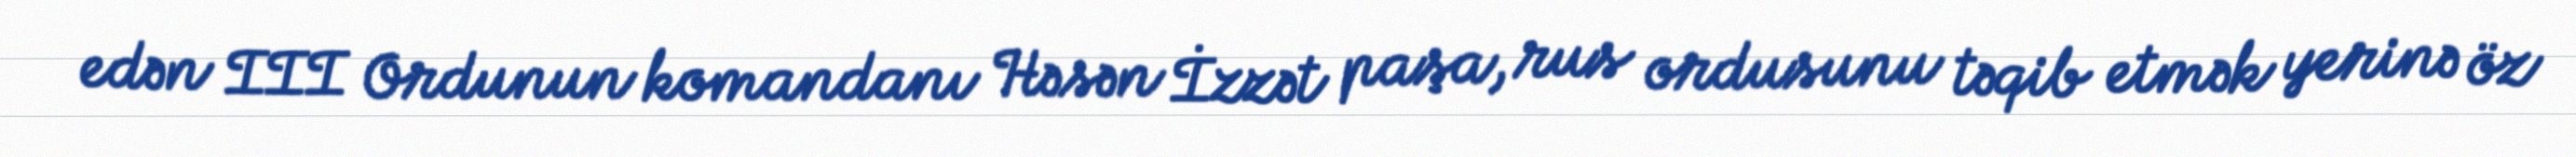
edən III Ordunun komandanı Həsən İzzət paşa, rus ordusunu təqib etmək yerinə öz